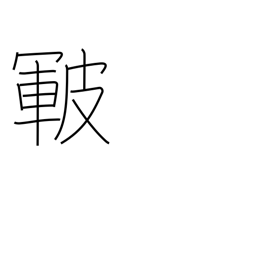
Meaning: skin cracks or roughness